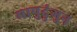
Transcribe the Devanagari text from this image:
मापुदुंगुन